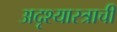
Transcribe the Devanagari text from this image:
अदृश्यास्त्राची